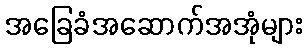
အခြေခံအဆောက်အအုံများ